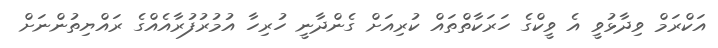
އަކްރަމް ވިދާޅުވީ އެ ވީކްގެ ހަރަކާތްތައް ކުރިއަށް ގެންދާނީ ހުރިހާ އުމުރުފުރާއެއްގެ ރައްޔިތުންނަށް